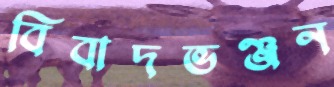
বিবাদভঞ্জন